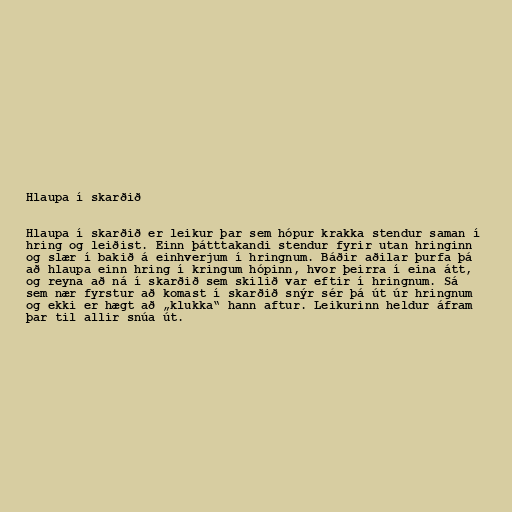
Hlaupa í skarðið

Hlaupa í skarðið er leikur þar sem hópur krakka stendur saman í
hring og leiðist. Einn þátttakandi stendur fyrir utan hringinn
og slær í bakið á einhverjum í hringnum. Báðir aðilar þurfa þá
að hlaupa einn hring í kringum hópinn, hvor þeirra í eina átt,
og reyna að ná í skarðið sem skilið var eftir í hringnum. Sá
sem nær fyrstur að komast í skarðið snýr sér þá út úr hringnum
og ekki er hægt að „klukka“ hann aftur. Leikurinn heldur áfram
þar til allir snúa út.